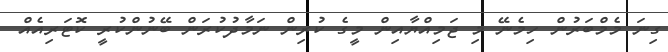
ގިނަ މެމްބަރުން ހިމެނޭ މި ޖަމިއްޔާއިން މީގެ ކުރިން ނަމާދުކުރަން ބޭނުންކުރީ ކޮޓަރިއެއް